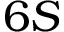
6 S